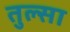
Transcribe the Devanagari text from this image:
तुल्सा